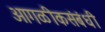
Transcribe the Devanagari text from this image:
आगळीकसंबंधी